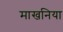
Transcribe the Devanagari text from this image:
माखनिया